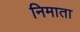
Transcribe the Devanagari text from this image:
निमाता